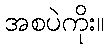
အစပဲကိုး။